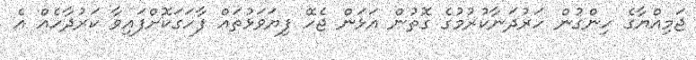
ޖަމިއްޔާގެ ހިންގުން ހަރުދަނާކުރުމުގެ ގޮތުން އަޅަން ޖެހޭ ފިޔަވަޅުތައް ފާހަގަކޮށްފައިވާ ކަރުދާހެއް އެ